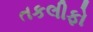
તકલીફો